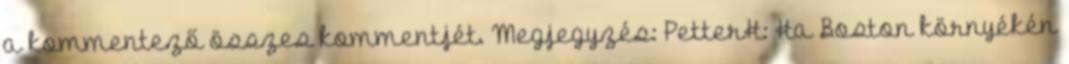
a kommentező összes kommentjét. Megjegyzés: PetterH: Ha Boston környékén